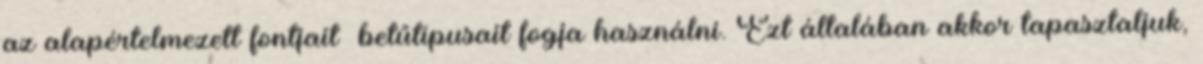
az alapértelmezett fontjait betűtípusait fogja használni. Ezt általában akkor tapasztaljuk,